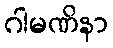
ဂါမဏိနာ